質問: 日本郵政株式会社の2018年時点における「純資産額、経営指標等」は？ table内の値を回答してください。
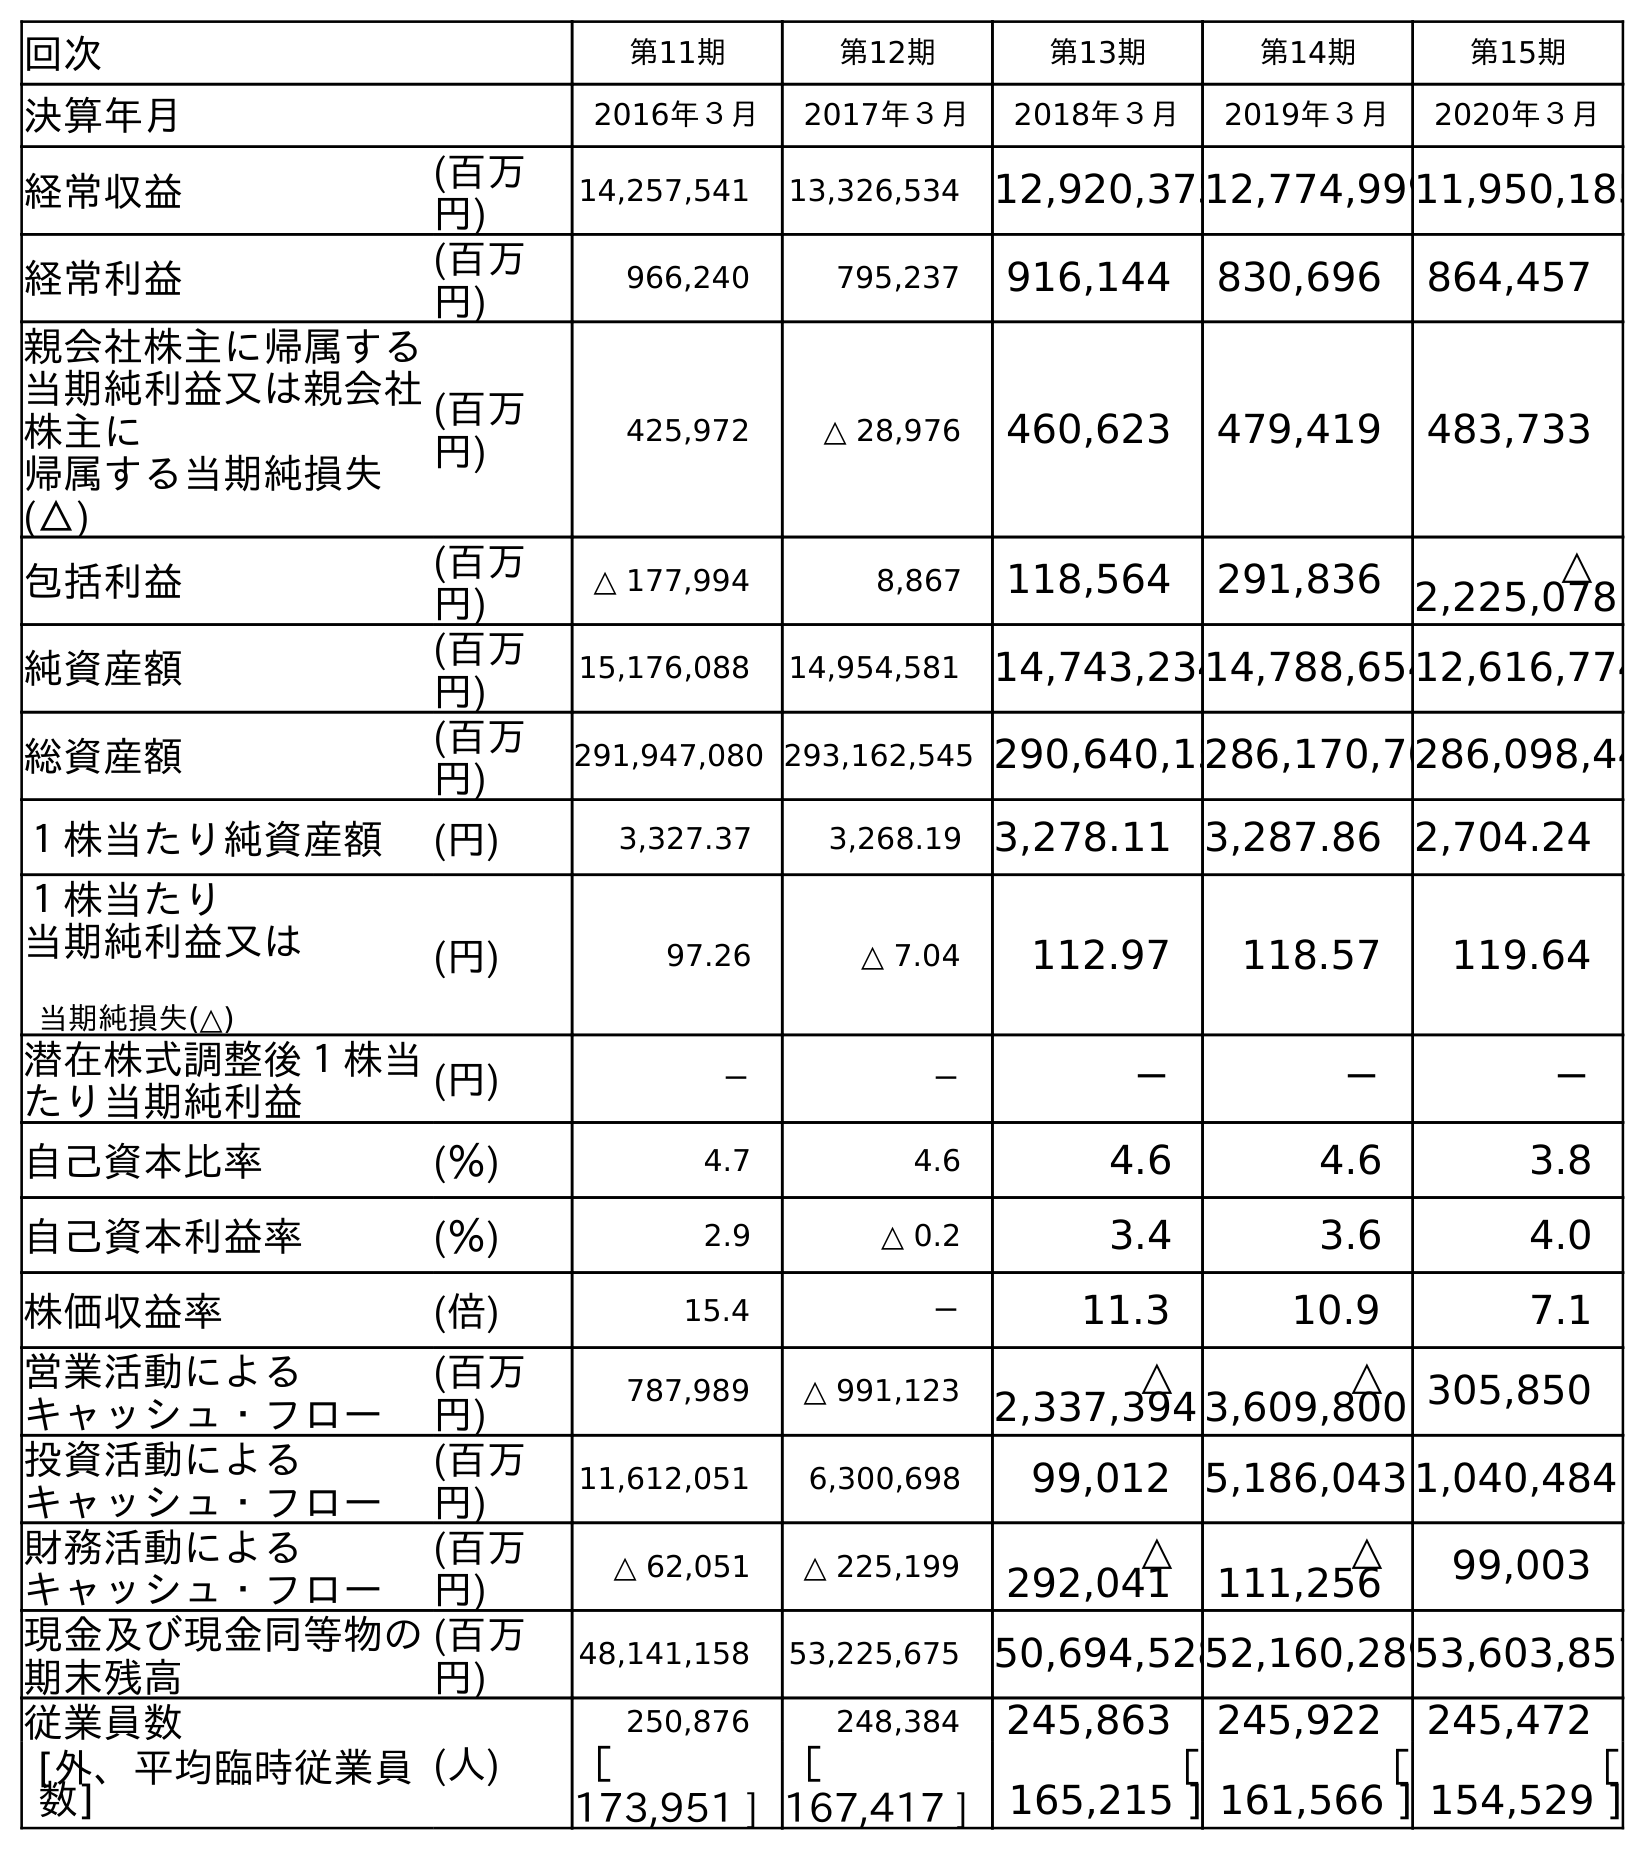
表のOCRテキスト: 回次 第11期 第12期 第13期 第14期 第15期 決算年月 2016年３月 2017年３月 2018年３月 2019年３月 2020年３月 経常収益 (百万 円) 14,257,541 13,326,534 12,920,37512,774,99911,950,185 経常利益 (百万 円) 966,240 795,237 916,144 830,696 864,457 親会社株主に帰属する 当期純利益又は親会社 株主に 帰属する当期純損失 (△) (百万 円) 425,972 △ 28,976 460,623 479,419 483,733 包括利益 (百万 円) △ 177,994 8,867 118,564 291,836 △ 2,225,078 純資産額 (百万 円) 15,176,088 14,954,581 14,743,23414,788,65412,616,774 総資産額 (百万 円) 291,947,080 293,162,545 290,640,15286,170,70286,098,44 １株当たり純資産額 (円) 3,327.37 3,268.19 3,278.11 3,287.86 2,704.24 １株当たり 当期純利益又は 当期純損失(△) (円) 97.26 △ 7.04 112.97 118.57 119.64 潜在株式調整後１株当 たり当期純利益 (円) － － － － － 自己資本比率 (％) 4.7 4.6 4.6 4.6 3.8 自己資本利益率 (％) 2.9 △ 0.2 3.4 3.6 4.0 株価収益率 (倍) 15.4 － 11.3 10.9 7.1 営業活動による キャッシュ・フロー (百万 円) 787,989 △ 991,123 △ 2,337,394 △ 3,609,800 305,850 投資活動による キャッシュ・フロー (百万 円) 11,612,051 6,300,698 99,012 5,186,043 1,040,484 財務活動による キャッシュ・フロー (百万 円) △ 62,051 △ 225,199 △ 292,041 △ 111,256 99,003 現金及び現金同等物の 期末残高 (百万 円) 48,141,158 53,225,675 50,694,52852,160,28953,603,857 従業員数 (人) 250,876 248,384 245,863 245,922 245,472 [外、平均臨時従業員 数] ［ 173,951 ] ［ 167,417 ] ［ 165,215 ] ［ 161,566 ] ［ 154,529 ]
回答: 14,743,234